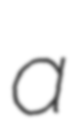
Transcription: a